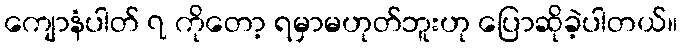
ကျောနံပါတ် ၇ ကိုတော့ ရမှာမဟုတ်ဘူးဟု ပြောဆိုခဲ့ပါတယ်။